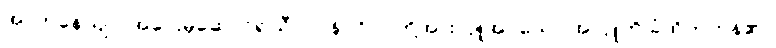
အာဟုနေယျာ၊ အဝေးမှဆောင်၍သီလဝန်ပုဂ္ဂိုလ်တို့အားလှူအပ်သော အလှူကို ခံထိုက်ကုန်၏။